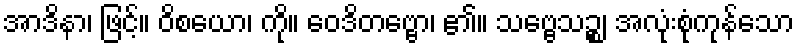
အာဒိနာ၊ ဖြင့်။ ဝိစယော၊ ကို။ ဝေဒိတဗ္ဗော၊ ၏။ သဗ္ဗေသဉ္စ၊ အလုံးစုံကုန်သော